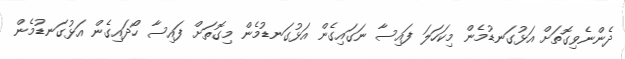
ދެންނެވިގޮތަށް އަޅުގަނޑުމެން މިކަހަލަ ފައިސާ ނަގައިގެން އަޅުގަނޑުމެން މިގޮތަށް ފައިސާ ހޯދައިގެން އަޅުގަނޑުމެން